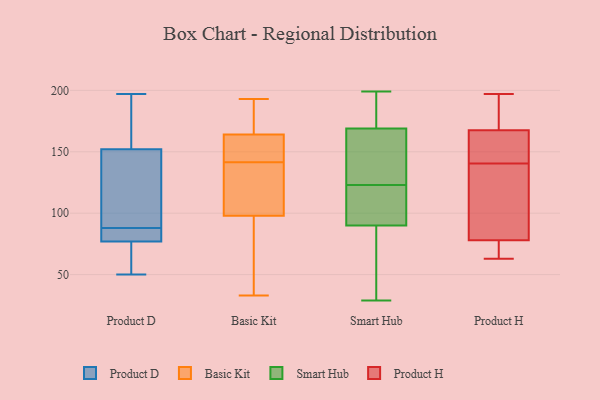
{"axis": {"x": "Satisfaction Score", "y": "Value"}, "legend": ["Basic Kit", "Product D", "Product H", "Smart Hub"], "data": [{"x": "", "y": 197, "type": "Product D"}, {"x": "", "y": 172, "type": "Product D"}, {"x": "", "y": 77, "type": "Product D"}, {"x": "", "y": 57, "type": "Product D"}, {"x": "", "y": 90, "type": "Product D"}, {"x": "", "y": 152, "type": "Product D"}, {"x": "", "y": 86, "type": "Product D"}, {"x": "", "y": 128, "type": "Product D"}, {"x": "", "y": 78, "type": "Product D"}, {"x": "", "y": 50, "type": "Product D"}, {"x": "", "y": 172, "type": "Basic Kit"}, {"x": "", "y": 133, "type": "Basic Kit"}, {"x": "", "y": 109, "type": "Basic Kit"}, {"x": "", "y": 120, "type": "Basic Kit"}, {"x": "", "y": 162, "type": "Basic Kit"}, {"x": "", "y": 131, "type": "Basic Kit"}, {"x": "", "y": 150, "type": "Basic Kit"}, {"x": "", "y": 98, "type": "Basic Kit"}, {"x": "", "y": 164, "type": "Basic Kit"}, {"x": "", "y": 192, "type": "Basic Kit"}, {"x": "", "y": 84, "type": "Basic Kit"}, {"x": "", "y": 159, "type": "Basic Kit"}, {"x": "", "y": 41, "type": "Basic Kit"}, {"x": "", "y": 33, "type": "Basic Kit"}, {"x": "", "y": 183, "type": "Basic Kit"}, {"x": "", "y": 46, "type": "Basic Kit"}, {"x": "", "y": 193, "type": "Basic Kit"}, {"x": "", "y": 153, "type": "Basic Kit"}, {"x": "", "y": 186, "type": "Smart Hub"}, {"x": "", "y": 124, "type": "Smart Hub"}, {"x": "", "y": 199, "type": "Smart Hub"}, {"x": "", "y": 190, "type": "Smart Hub"}, {"x": "", "y": 122, "type": "Smart Hub"}, {"x": "", "y": 81, "type": "Smart Hub"}, {"x": "", "y": 90, "type": "Smart Hub"}, {"x": "", "y": 82, "type": "Smart Hub"}, {"x": "", "y": 158, "type": "Smart Hub"}, {"x": "", "y": 29, "type": "Smart Hub"}, {"x": "", "y": 160, "type": "Smart Hub"}, {"x": "", "y": 106, "type": "Smart Hub"}, {"x": "", "y": 169, "type": "Smart Hub"}, {"x": "", "y": 118, "type": "Smart Hub"}, {"x": "", "y": 137, "type": "Product H"}, {"x": "", "y": 174, "type": "Product H"}, {"x": "", "y": 63, "type": "Product H"}, {"x": "", "y": 161, "type": "Product H"}, {"x": "", "y": 179, "type": "Product H"}, {"x": "", "y": 68, "type": "Product H"}, {"x": "", "y": 141, "type": "Product H"}, {"x": "", "y": 197, "type": "Product H"}, {"x": "", "y": 68, "type": "Product H"}, {"x": "", "y": 147, "type": "Product H"}, {"x": "", "y": 88, "type": "Product H"}, {"x": "", "y": 140, "type": "Product H"}]}